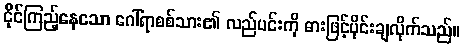
ငိုင်ကြည့်နေသော ဂေါ်ရာစစ်သား၏ လည်ပင်းကို ဓားဖြင့်ပိုင်းချလိုက်သည်။